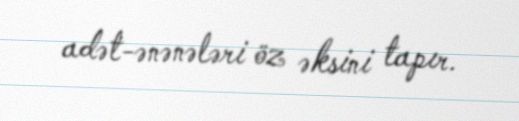
adət-ənənələri öz əksini tapır.